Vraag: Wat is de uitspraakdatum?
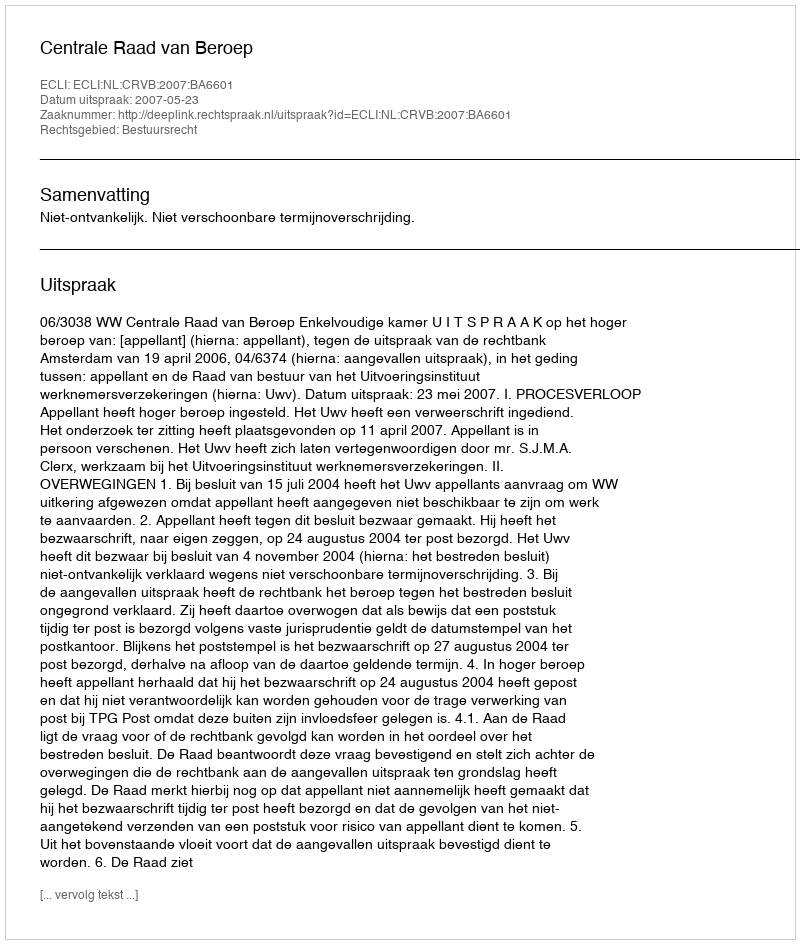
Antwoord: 2007-05-23